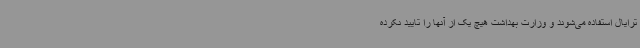
ترایال استفاده می‌شوند و وزارت بهداشت هیچ یک از آنها را تایید نکرده